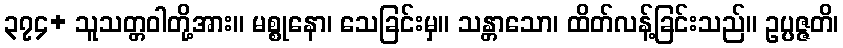
၃၇၄+ သူသတ္တဝါတို့အား။ မစ္စုနော၊ သေခြင်းမှ။ သန္တာသော၊ ထိတ်လန့်ခြင်းသည်။ ဥပ္ပဇ္ဇတိ၊